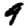
Digit: 9